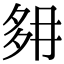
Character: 𡖔